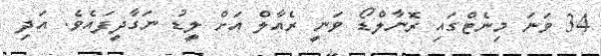
34 ވަނަ މިނެޓްގައި ރޮނާލްޑޯ ވަނީ ރެއާލް އަށް ލީޑު ނަގާދީފައެވެ. އަދި